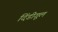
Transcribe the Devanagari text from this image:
दिंडीगूल